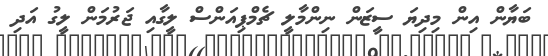
ބަޔާން އިން މިދިޔަ ސީޒަން ނިންމާލީ ޗެމްޕިއަންސް ލީގާއި ޖަރުމަން ލީގު އަދި